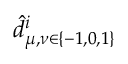
\hat { d } _ { \mu , \nu \in \{ - 1 , 0 , 1 \} } ^ { i }